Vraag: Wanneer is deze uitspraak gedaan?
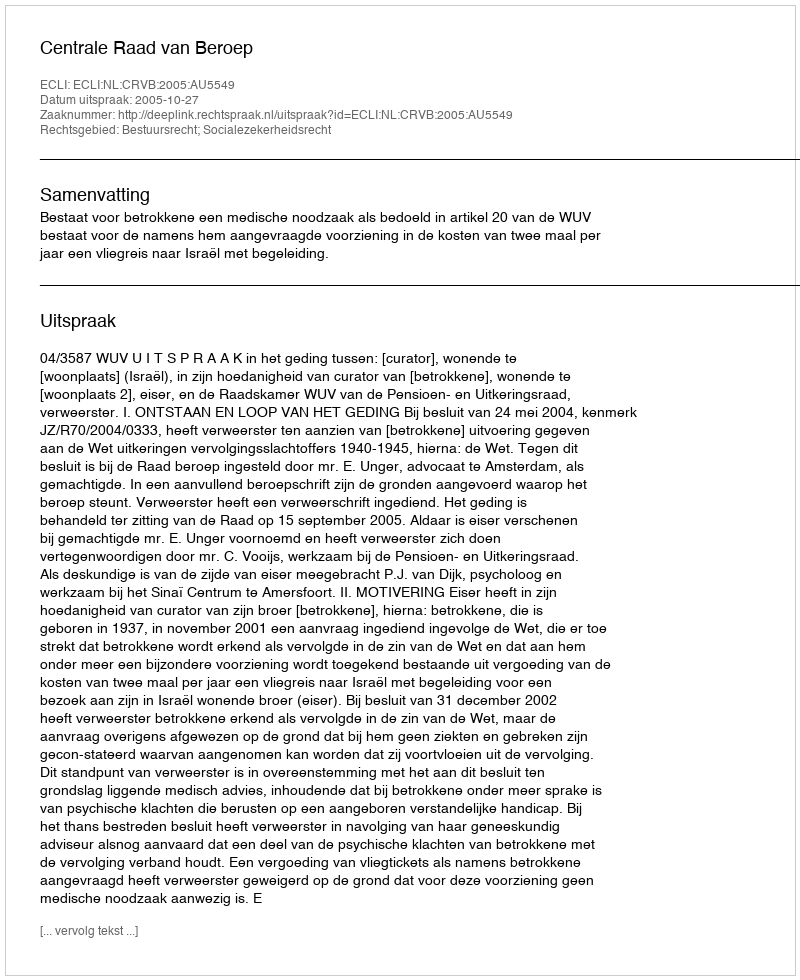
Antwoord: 2005-10-27